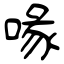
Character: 喙